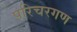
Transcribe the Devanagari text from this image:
परिचरगण